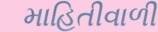
માહિતીવાળી